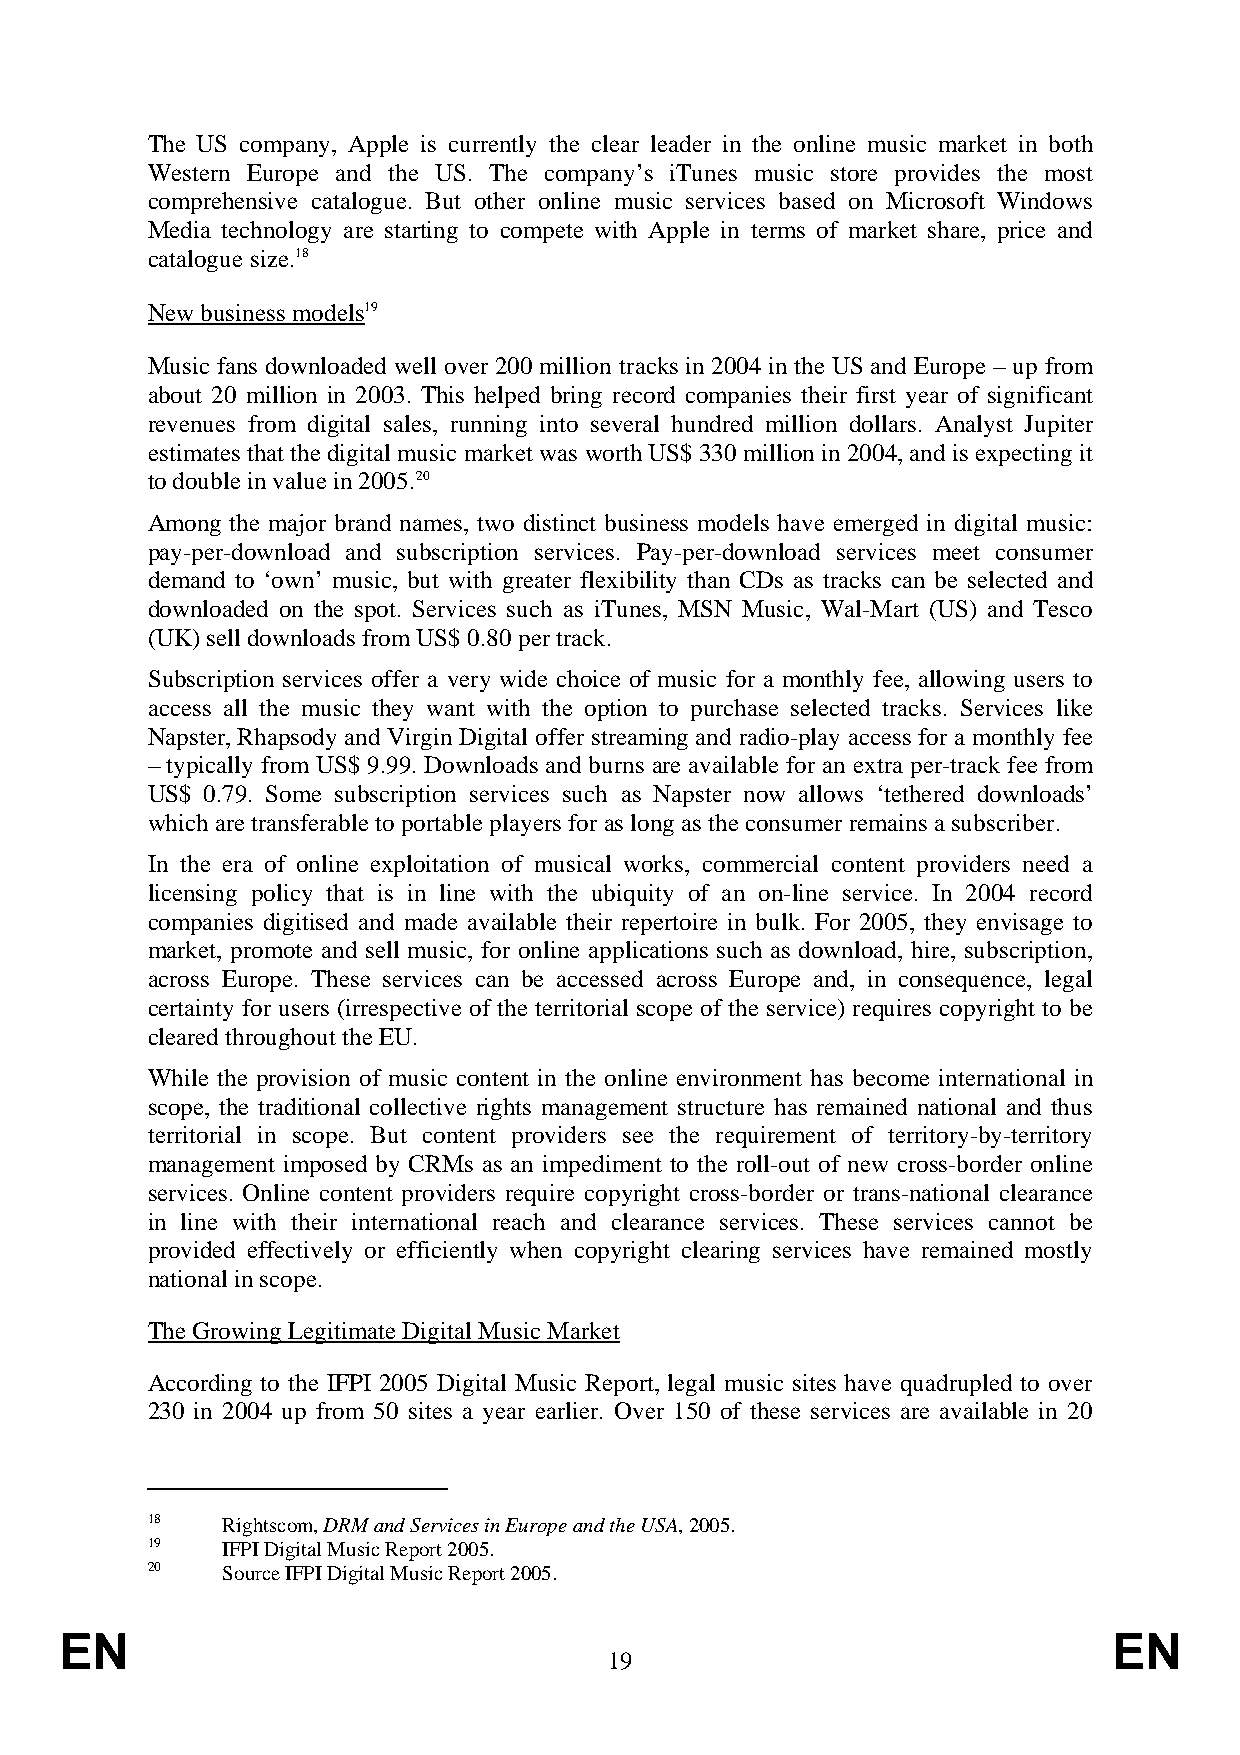
The US company, Apple is currently the clear leader in the online music market in both
 Western Europe and the US. The company’s iTunes music store provides the most
 comprehensive catalogue. But other online music services based on Microsoft Windows
 Media technology are starting to compete with Apple in terms of market share, price and
 catalogue size.18
 New business models19
 Music fans downloaded well over 200 million tracks in 2004 in the US and Europe – up from
 about 20 million in 2003. This helped bring record companies their first year of significant
 revenues from digital sales, running into several hundred million dollars. Analyst Jupiter
 estimates that the digital music market was worth US$ 330 million in 2004, and is expecting it
 to double in value in 2005.20
 Among the major brand names, two distinct business models have emerged in digital music:
 pay-per-download and subscription services. Pay-per-download services meet consumer
 demand to ‘own’ music, but with greater flexibility than CDs as tracks can be selected and
 downloaded on the spot. Services such as iTunes, MSN Music, Wal-Mart (US) and Tesco
 (UK) sell downloads from US$ 0.80 per track.
 Subscription services offer a very wide choice of music for a monthly fee, allowing users to
 access all the music they want with the option to purchase selected tracks. Services like
 Napster, Rhapsody and Virgin Digital offer streaming and radio-play access for a monthly fee
 – typically from US$ 9.99. Downloads and burns are available for an extra per-track fee from
 US$ 0.79. Some subscription services such as Napster now allows ‘tethered downloads’
 which are transferable to portable players for as long as the consumer remains a subscriber.
 In the era of online exploitation of musical works, commercial content providers need a
 licensing policy that is in line with the ubiquity of an on-line service. In 2004 record
 companies digitised and made available their repertoire in bulk. For 2005, they envisage to
 market, promote and sell music, for online applications such as download, hire, subscription,
 across Europe. These services can be accessed across Europe and, in consequence, legal
 certainty for users (irrespective of the territorial scope of the service) requires copyright to be
 cleared throughout the EU.
 While the provision of music content in the online environment has become international in
 scope, the traditional collective rights management structure has remained national and thus
 territorial in scope. But content providers see the requirement of territory-by-territory
 management imposed by CRMs as an impediment to the roll-out of new cross-border online
 services. Online content providers require copyright cross-border or trans-national clearance
 in line with their international reach and clearance services. These services cannot be
 provided effectively or efficiently when copyright clearing services have remained mostly
 national in scope.
 The Growing Legitimate Digital Music Market
 According to the IFPI 2005 Digital Music Report, legal music sites have quadrupled to over
 230 in 2004 up from 50 sites a year earlier. Over 150 of these services are available in 20
 18   Rightscom, DRM and Services in Europe and the USA, 2005.
 19   IFPI Digital Music Report 2005.
 20   Source IFPI Digital Music Report 2005.
 EN                                                                    EN
 19